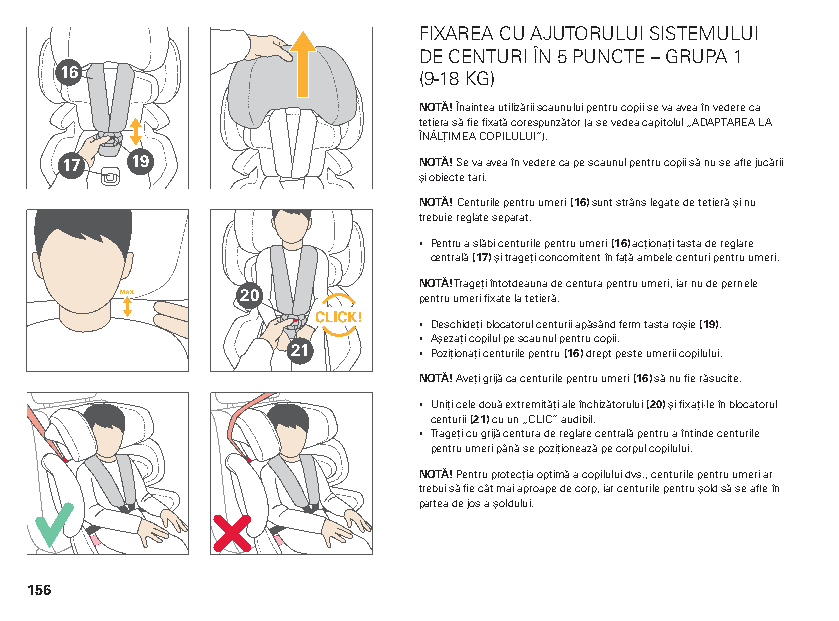
FIXAREA CU AJUTORULUI SISTEMULUI
 DE CENTURI ÎN 5 PUNCTE – GRUPA 1
 16                      (9-18 KG)
 NOTĂ! Înaintea utilizării scaunului pentru copii se va avea în vedere ca
 tetiera să fie fixată corespunzător (a se vedea capitolul „ADAPTAREA LA
 ÎNĂLȚIMEA COPILULUI”).
 17   19                 NOTĂ! Se va avea în vedere ca pe scaunul pentru copii să nu se afle jucării
 și obiecte tari.
 NOTĂ! Centurile pentru umeri (16) sunt strâns legate de tetieră și nu
 trebuie reglate separat.
 ▪ Pentru a slăbi centurile pentru umeri (16) acționați tasta de reglare
 centrală (17) și trageți concomitent în față ambele centuri pentru umeri.
 NOTĂ! Trageți întotdeauna de centura pentru umeri, iar nu de pernele
 20          pentru umeri fixate la tetieră.
 ▪ Deschideți blocatorul centurii apăsând ferm tasta roșie (19).
 ▪ Așezați copilul pe scaunul pentru copii.
 21       ▪ Poziționați centurile pentru (16) drept peste umerii copilului.
 NOTĂ! Aveți grijă ca centurile pentru umeri (16) să nu fie răsucite.
 ▪ Uniți cele două extremități ale închizătorului (20) și fixați-le în blocatorul
 centurii (21) cu un „CLIC” audibil.
 ▪ Trageți cu grijă centura de reglare centrală pentru a întinde centurile
 pentru umeri până se poziționează pe corpul copilului.
 NOTĂ! Pentru protecția optimă a copilului dvs., centurile pentru umeri ar
 trebui să fie cât mai aproape de corp, iar centurile pentru șold să se afle în
 partea de jos a șoldului.
 156